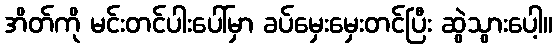
အိတ်ကို မင်းတင်ပါးပေါ်မှာ ခပ်မှေးမှေးတင်ပြီး ဆွဲသွားပေါ့။